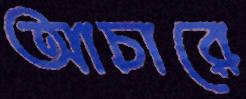
আচারে